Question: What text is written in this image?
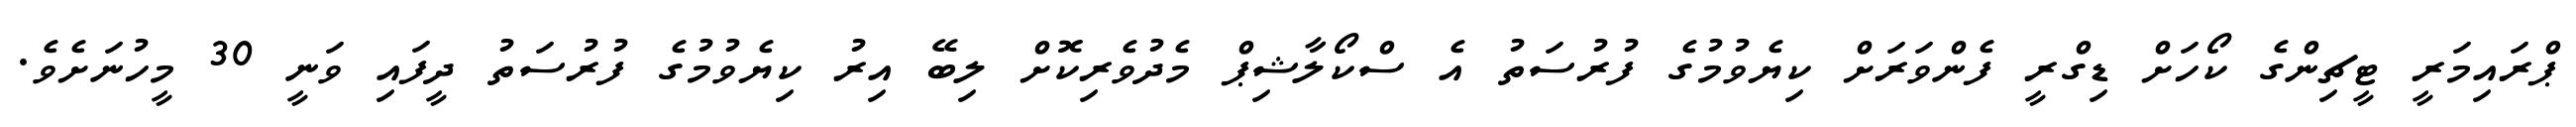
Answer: ޕްރައިމަރީ ޓީޗިންގެ ކޯހަށް ޑިގްރީ ފެންވަރަށް ކިޔެވުމުގެ ފުރުސަތު އެ ސްކޯލާޝިޕް މެދުވެރިކޮށް ލިބޭ އިރު ކިޔެވުމުގެ ފުރުސަތު ދީފައި ވަނީ 30 މީހުނަށެވެ.